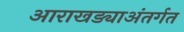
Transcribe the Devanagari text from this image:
आराखड्याअंतर्गत